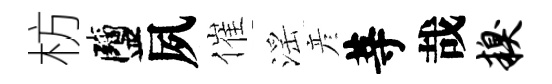
枋鹽夙催滛彦䓁哉糗